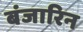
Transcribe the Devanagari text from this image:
बंजारिन